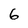
Character: 6